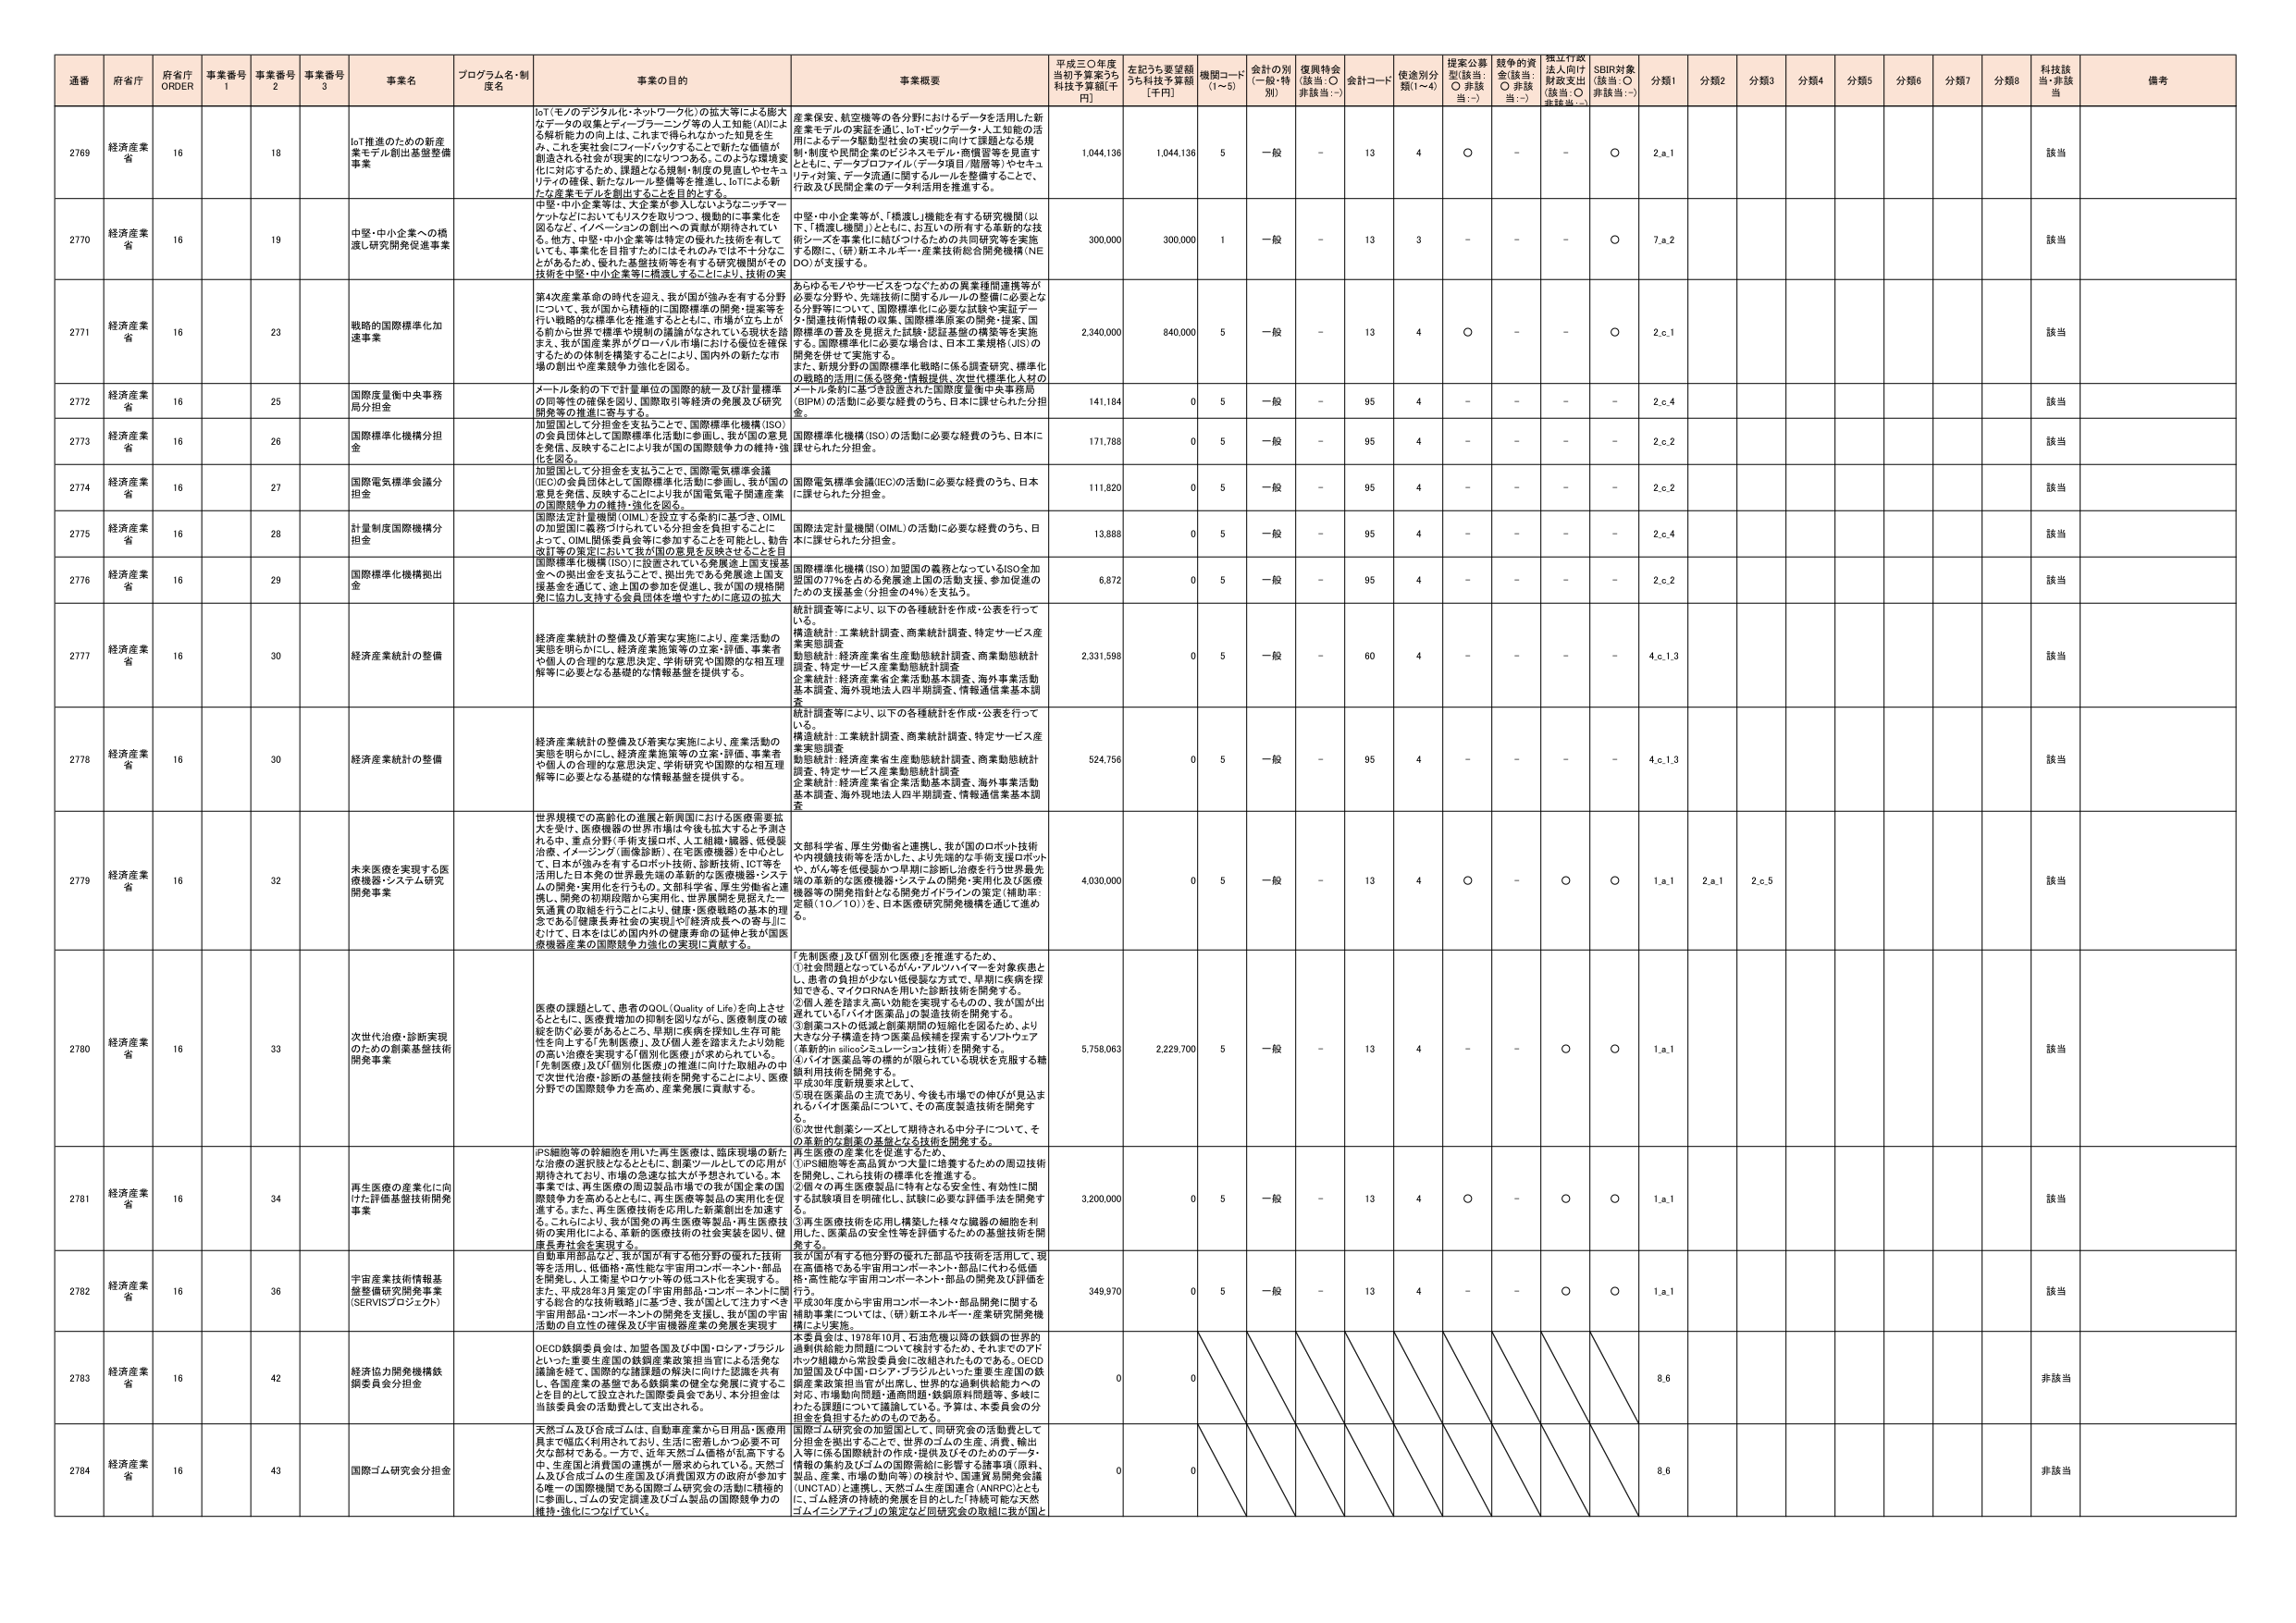
通番 府省庁 府省庁 ORDER 事業番号 1 事業番号 2 事業番号 3 事業名 プログラム名・制度名 事業の目的 事業概要 平成三〇年度当初予算案うち 科技予算額[千円] 左記うち要望額うち科技予算額[千円] 機関コード(1~5) 会計の別(一般・特別) 復興特会(該当:○ 非該当:－) 会計コード 使途別分類(1~4) 提案公募型(該当:○ 非該当:－) 越年の資金(該当:○ 非該当:－) 採択行政法人向け財政支出(該当:○ 非該当:－) SDBI対象(該当:○ 非該当:－) 分類1 分類2 分類3 分類4 分類5 分類6 分類7 分類8 科技該当・非該当 備考

2769 経済産業省 16 18 IoT推進のための新産業モデル創出基盤整備事業 IoT(モノのデジタル化・ネットワーク化)の拡大等による膨大なデータの収集とディープラーニング等の人工知能(AI)による解析能力の向上は、これまで得られなかった知見を生み、これを実社会にフィードバックすることで新たな価値が創造される社会が現実的になりつつある。このような環境変化に対応するため、課題となる規制・制度の見直しやセキュリティの確保、新たなルール整備等を推進し、IoTによる新たな産業モデルを創出することを目的とする。 産業保安、航空機等の各分野におけるデータを活用した新産業モデルの実証を通じ、IoT・ビックデータ・人工知能の活用によるデータ駆動型社会の実現に向けて課題となる規制・制度や民間企業のビジネスモデル・商慣習等を見直すとともに、データプロファイル(データ項目/履歴等)やセキュリティ対策、データ流通に関するルールを整備することで、行政及び民間企業のデータ活用を推進する。 1,044,136 1,044,136 5 一般 － 13 4 ○ － － ○ 2.a.1 該当

2770 経済産業省 16 19 中堅・中小企業への橋渡し研究開発促進事業 中堅・中小企業等は、大企業が参入したいようなニッチマーケットなどにおいてもリスクを取りつつ、機動的に事業化を図るなど、イノベーションの創出への貢献が期待されている。他方、中堅・中小企業等は特定の優れた技術を有していても、事業化を目指すためにはそれのみでは不十分なことが多いため、優れた基盤技術等を有する研究機関がその技術を中堅・中小企業等に橋渡しすることにより、技術の実 中堅・中小企業等が、「橋渡し」機能を有する研究機関(以下、「橋渡し機関」)とともに、お互いの所有する革新的な技術とテーマを事業化に結びつけるための共同研究等を実施する際には(研)新エネルギー・産業技術総合開発機構(ＮＥＤＯ)が支援する。 300,000 300,000 1 一般 － 13 3 － － － ○ 7.a.2 該当

2771 経済産業省 16 23 戦略的国際標準化加速事業 第4次産業革命の時代を迎え、我が国が強みを有する分野について、我が国から積極的に国際標準の開発・提案等を行い戦略的な標準化を推進するとともに、市場が立ち上がる前から世界で標準や規則の議論がなされている現状を踏まえ、我が国産業界がグローバル市場における優位を確保するための体制を構築することにより、国内外の新たな市場の創出や産業競争力強化を図る。 あらゆるモノやサービスをつなぐための異業種間連携等が必要な分野や、先端技術に関するルールの整備に必要となる分野等について、国際標準化に必要な試験や実証データ、関連技術情報の収集、国際標準原案の開発・提案、国際標準の普及を見据えた試験・認証基盤の構築等を実施する。国際標準化に必要な場合は、日本工業規格(JIS)の開発を併せて実施する。 また、新規分野の国際標準化戦略に係る調査研究、標準化の戦略的活用に係る啓発・情報提供、次世代標準化人材のメートル条約に基づき設置された国際度量衡中央事務局(BIPM)の活動に必要な経費のうち、日本に課せられた分担金。 2,340,000 640,000 5 一般 － 13 4 ○ － － ○ 2.c.1 該当

2772 経済産業省 16 25 国際度量衡中央事務局分担金 メートル条約の下で計量単位の国際的統一及び計量標準の同等性の確保を図り、国際取引等経済の発展及び研究開発等の推進に寄与する。 141,184 0 5 一般 － 95 4 － － － － 2.c.4 該当

2773 経済産業省 16 26 国際標準化機構分担金 加盟国として分担金を支払うことで、国際標準化機構(ISO)の会員団体として国際標準化活動に参画し、我が国の意見を発信、反映することにより我が国の国際競争力の維持・強化を図る。 国際標準化機構(ISO)の活動に必要な経費のうち、日本に課せられた分担金。 171,788 0 5 一般 － 95 4 － － － － 2.c.2 該当

2774 経済産業省 16 27 国際電気標準会議分担金 加盟国として分担金を支払うことで、国際電気標準会議(IEC)の会員団体として国際標準化活動に参画し、我が国の意見を発信、反映することにより我が国電気電子関連産業の国際競争力の維持・強化を図る。 国際電気標準会議(IEC)の活動に必要な経費のうち、日本に課せられた分担金。 111,820 0 5 一般 － 95 4 － － － － 2.c.2 該当

2775 経済産業省 16 28 計量制度国際機構分担金 国際法定計量機関(OIML)を設立する条約に基づき、OIMLの加盟国に義務づけられている分担金を負担することによって、OIML関係委員会等に参加することを可能とし、勧告改訂等の策定において我が国の意見を反映させることを目標とする。 国際法定計量機関(OIML)の活動に必要な経費のうち、日本に課せられた分担金。 13,888 0 5 一般 － 95 4 － － － － 2.c.4 該当

2776 経済産業省 16 29 国際標準化機構拠出金 国際標準化機構(ISO)に設置されている発展途上国支援基金への拠出金を支払うことで、拠出先である発展途上国支援基金を通じて、途上国の参加を促進し、我が国の規格開発に協力し支援する会員団体を増やすために底辺の拡大 国際標準化機構(ISO)加盟国の義務となっているISO全加盟国の77%を占める発展途上国の活動支援、参加促進のための支援基金(分担金の4%)を支払う。 6,872 0 5 一般 － 95 4 － － － － 2.c.2 該当

2777 経済産業省 16 30 経済産業統計の整備 経済産業統計の整備及び着実な実施により、産業活動の実態を明らかにし、経済産業施策等の立案・評価、事業者や個人の合理的な意思決定、学術研究や国際的な相互理解等に必要となる基礎的な情報基盤を提供する。 統計調査等により、以下の各種統計を作成・公表を行っている。 構造統計:工業統計調査、商業統計調査、特定サービス産業実態調査 動態統計:経済産業省生産動態統計調査、商業動態統計調査、特定サービス産業動態統計調査 企業統計:経済産業省企業活動基本調査、海外事業活動基本調査、海外現地法人四半期調査、情報通信業基本調査 2,331,598 0 5 一般 － 60 4 － － － － 4.c.1.3 該当

2778 経済産業省 16 30 経済産業統計の整備 経済産業統計の整備及び着実な実施により、産業活動の実態を明らかにし、経済産業施策等の立案・評価、事業者や個人の合理的な意思決定、学術研究や国際的な相互理解等に必要となる基礎的な情報基盤を提供する。 統計調査等により、以下の各種統計を作成・公表を行っている。 構造統計:工業統計調査、商業統計調査、特定サービス産業実態調査 動態統計:経済産業省生産動態統計調査、商業動態統計調査、特定サービス産業動態統計調査 企業統計:経済産業省企業活動基本調査、海外事業活動基本調査、海外現地法人四半期調査、情報通信業基本調査 524,756 0 5 一般 － 95 4 － － － － 4.c.1.3 該当

2779 経済産業省 16 32 未来医療を実現する医療機器・システム研究開発事業 世界規模での高齢化の進展と新興国における医療需要拡大を受け、医療機器の世界市場は今後も拡大すると予測される中、重点分野(手術支援ロボット、人工組織・臓器、低侵襲治療、イメージング(画像診断)、在宅医療機器)を中心として、日本が強みを有するロボット技術、診断技術、ICT等を活用した日本の世界最先端の革新的な医療機器・システムの開発・実用化を行うもの。文部科学省、厚生労働省と連携し、開発の初期段階から実用化、世界展開を見据えた一気通貫の取組を行うことにより、健康・医療戦略の基本的理念である「健康長寿社会の実現」や「経済成長への寄与」にむけて、日本をはじめ国内外の健康寿命の延伸と我が国医療機器産業の国際競争力強化の実現に貢献する。 文部科学省、厚生労働省と連携し、我が国のロボット技術やAI機器技術等を活かした、より先端的な手術支援ロボットや、がん等を低侵襲かつ早期に診断し治療を行う世界最先端の革新的な医療機器・システムの開発・実用化及び医療機器等の開発指針となる開発ガイドラインの策定(補助率:定額(10／10))を、日本医療研究開発機構を通じて進める。 4,030,000 0 5 一般 － 13 4 ○ － ○ ○ 1.a.1 2.a.1 2.c.5 該当

2780 経済産業省 16 33 次世代治療・診断実現のための創薬基盤技術開発事業 医療の課題として、患者のQOL(Quality of Life)を向上させるとともに、医療費増加の抑制を図りながら、医療制度の破綻を防ぐ必要があるところ、早期に疾病を検知し生存可能性を向上する「先制医療」、及び個人を診療または効能の高い治療を実現する「個別化医療」が求められている。「先制医療」及び「個別化医療」の推進に向けた取組みの中で次世代治療・診断の基盤技術を開発することにより、医療分野での国際競争力を高め、産業発展に貢献する。 「先制医療」及び「個別化医療」を推進するため、 ①社会問題となっているがん・アルツハイマーを対象疾患とし、患者の負担が少ない低侵襲な方式で、早期に疾病を探知できる、マイクロRNAを用いた診断技術を開発する。 ②個人差を踏まえ高い効能を実現するものの、我が国が出資している「バイオ医薬品」の製造技術を開発する。 ③創薬コストの低減と創薬期間の短縮化を図るため、より大きな分子構造を持つ医薬品候補を探索するソフトウェア(革新的in silicoシミュレーション技術)を開発する。 ④バイオ医薬品等の標的が限られている現状を克服する糖鎖利用技術を開発する。 ⑤現在医薬品の主流であり、今後も市場での伸びが見込まれるバイオ医薬品について、その高度製造技術を開発する。 ⑥次世代創薬シーズとして期待される中分子について、その革新的な創薬の基盤となる技術を開発する。 5,758,063 2,229,700 5 一般 － 13 4 － － ○ ○ 1.a.1 該当

2781 経済産業省 16 34 再生医療の産業化に向けた評価基盤技術開発事業 iPS細胞等の幹細胞を用いた再生医療は、臨床現場の新たな治療の選択肢となるとともに、創薬ツールとしての応用が期待されており、市場の急速な拡大が予想されている。本事業では、再生医療の周辺製品市場での我が国企業の国際競争力を高めるとともに、再生医療等製品の実用化を促進する。また、再生医療技術を応用した新薬創出を加速する。これにより、我が国発の再生医療製品・再生医療技術の実用化による、革新的医療技術の社会実装を図り、健康長寿社会を実現する。 再生医療の産業化を促進するため、 ①iPS細胞等を高品質かつ大量に培養するための周辺技術を開発し、これら技術の標準化を推進する。 ②個々の再生医療製品に特有となる安全性・有効性に関する試験項目を明確化し、試験に必要な評価手法を開発する。 ③再生医療技術を応用し構築した様々な細胞の細胞を利 用した、医薬品の安全性等を評価するための基盤技術を開発する。 3,200,000 0 5 一般 － 13 4 ○ － ○ ○ 1.a.1 該当

2782 経済産業省 16 36 宇宙産業技術情報基盤整備研究開発事業(SERVISプロジェクト) 自動車用部品など、我が国が有する他分野の優れた技術等を活用し、低価格・高性能・高信頼性を宇宙コンポーネント・部品を開発し、人工衛星やロケット等の低コスト化を実現する。また、平成28年3月策定の「宇宙用部品・コンポーネントに関する総合的な技術戦略」に基づき、我が国として注力すべき宇宙用部品・コンポーネントの開発を支援し、我が国の宇宙活動の自立性の確保及び宇宙機器産業の発展を実現す 我が国が有する他分野の優れた部品や技術を活用して、現在高価格である宇宙用コンポーネント・部品に代わる低価格・高性能な宇宙用コンポーネント・部品の開発及び評価を行う。 平成30年度から宇宙用コンポーネント・部品開発に関する補助事業については、(研)新エネルギー・産業研究開発機構により実施。 349,970 0 5 一般 － 13 4 － － ○ ○ 1.a.1 該当

2783 経済産業省 16 42 経済協力開発機構鉄鋼委員会分担金 OECD鉄鋼委員会は、加盟各国及び中国・ロシア・ブラジルといった重要生産国の鉄鋼産業政策担当官による活発な議論を経て、国際的な機関間の枠内における課題の共有を促し、各国産業の基盤である鉄鋼業の健全な発展に資することを目的として設立された国際委員会であり、本分担金は当該委員会の活動費として支出される。 本委員会は、1978年10月、石油危機以降の鉄鋼の世界的過剰供給能力問題について検討するため、それまでのアドホック機関から常設委員会に改組されたものである。OECD加盟国及び中国・ロシア・ブラジルといった重要生産国の鉄鋼産業政策担当官が出席し、世界的な過剰供給能力への対応、市場動向問題・通商問題・鉄鋼原料問題等、多岐にわたる課題について議論している。予算は、本委員会の分担金を負担するためのものである。 0 0 8.6 非該当

2784 経済産業省 16 43 国際ゴム研究会分担金 国際ゴム研究会の加盟国として、同研究会の活動費として分担金を拠出することで、世界のゴムの生産、消費、輸出入等に係る国際統計の作成・提供及びそのためのデータ、情報の集約及びゴムの国際需給に影響する諸事項(原料、製品、産業、市場の動向等)の検討や、国連貿易開発会議(UNCTAD)と連携し、天然ゴム生産国連合(ANRPC)とともに、ゴム経済の持続的発展を目的とした「持続可能な天然ゴムイニシアティブ」の策定など同研究会の取組に我が国と 0 0 8.6 非該当